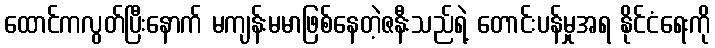
ထောင်ကလွတ်ပြီးနောက် မကျန်းမမာဖြစ်နေတဲ့ဇနီးသည်ရဲ့ တောင်းပန်မှုအရ နိုင်ငံရေးကို